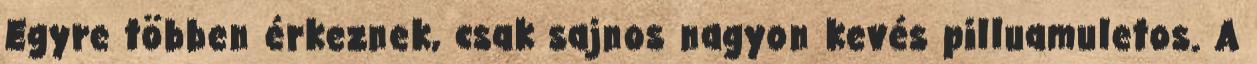
Egyre többen érkeznek, csak sajnos nagyon kevés pilluamuletos. A